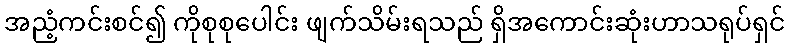
အညံ့ကင်းစင်၍ ကိုစုစုပေါင်း ဖျက်သိမ်းရသည် ရှိအကောင်းဆုံးဟာသရုပ်ရှင်